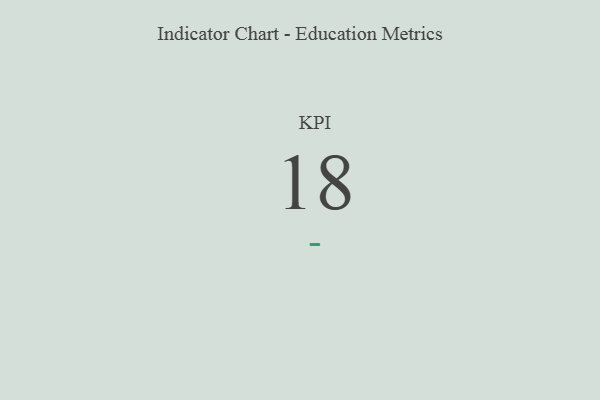
{"axis": {"x": "KPI", "y": "Value"}, "legend": [""], "data": [{"x": "KPI", "y": 18, "type": ""}]}